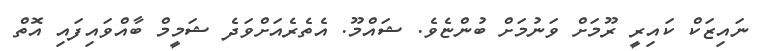
ނައިޒަކް ކައިރީ ރޫމަށް ވަނުމަށް ބުންޏެވެ. ޝައްމޫ. އެތެރެއަށްވަދެ ޝަމީމް ބާއްވައިފައި އޮތް